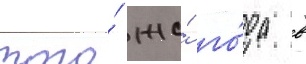
того́ же́ го́да в